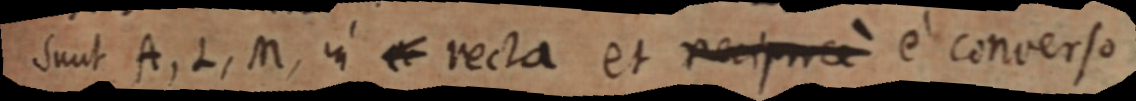
sunt A, L, M, in e recta et reciprce e converso